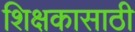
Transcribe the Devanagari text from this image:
शिक्षकासाठी